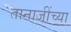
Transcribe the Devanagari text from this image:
तानाजींच्या